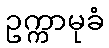
ဥက္ကာမုခံ